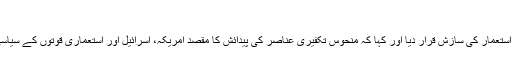
”
امام خامنہ ای نے گذشتہ چند سالوں کے دوران عالم اسلام میں تکفیری گروہ کی پیدائش کو عالمی استعمار کی سازش قرار دیا اور کہا کہ منحوس تکفیری عناصر کی پیدائش کا مقصد امریکہ، اسرائیل اور استعماری قوتوں کے سیاسی اہداف کی تکمیل خاص طور پر مسئلہ فلسطین اور قدس شریف سے مسلمانوں کی توجہ ہٹانا ہے۔